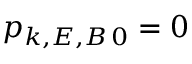
p _ { k , E , B \, 0 } = 0